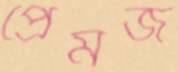
প্রেমজ